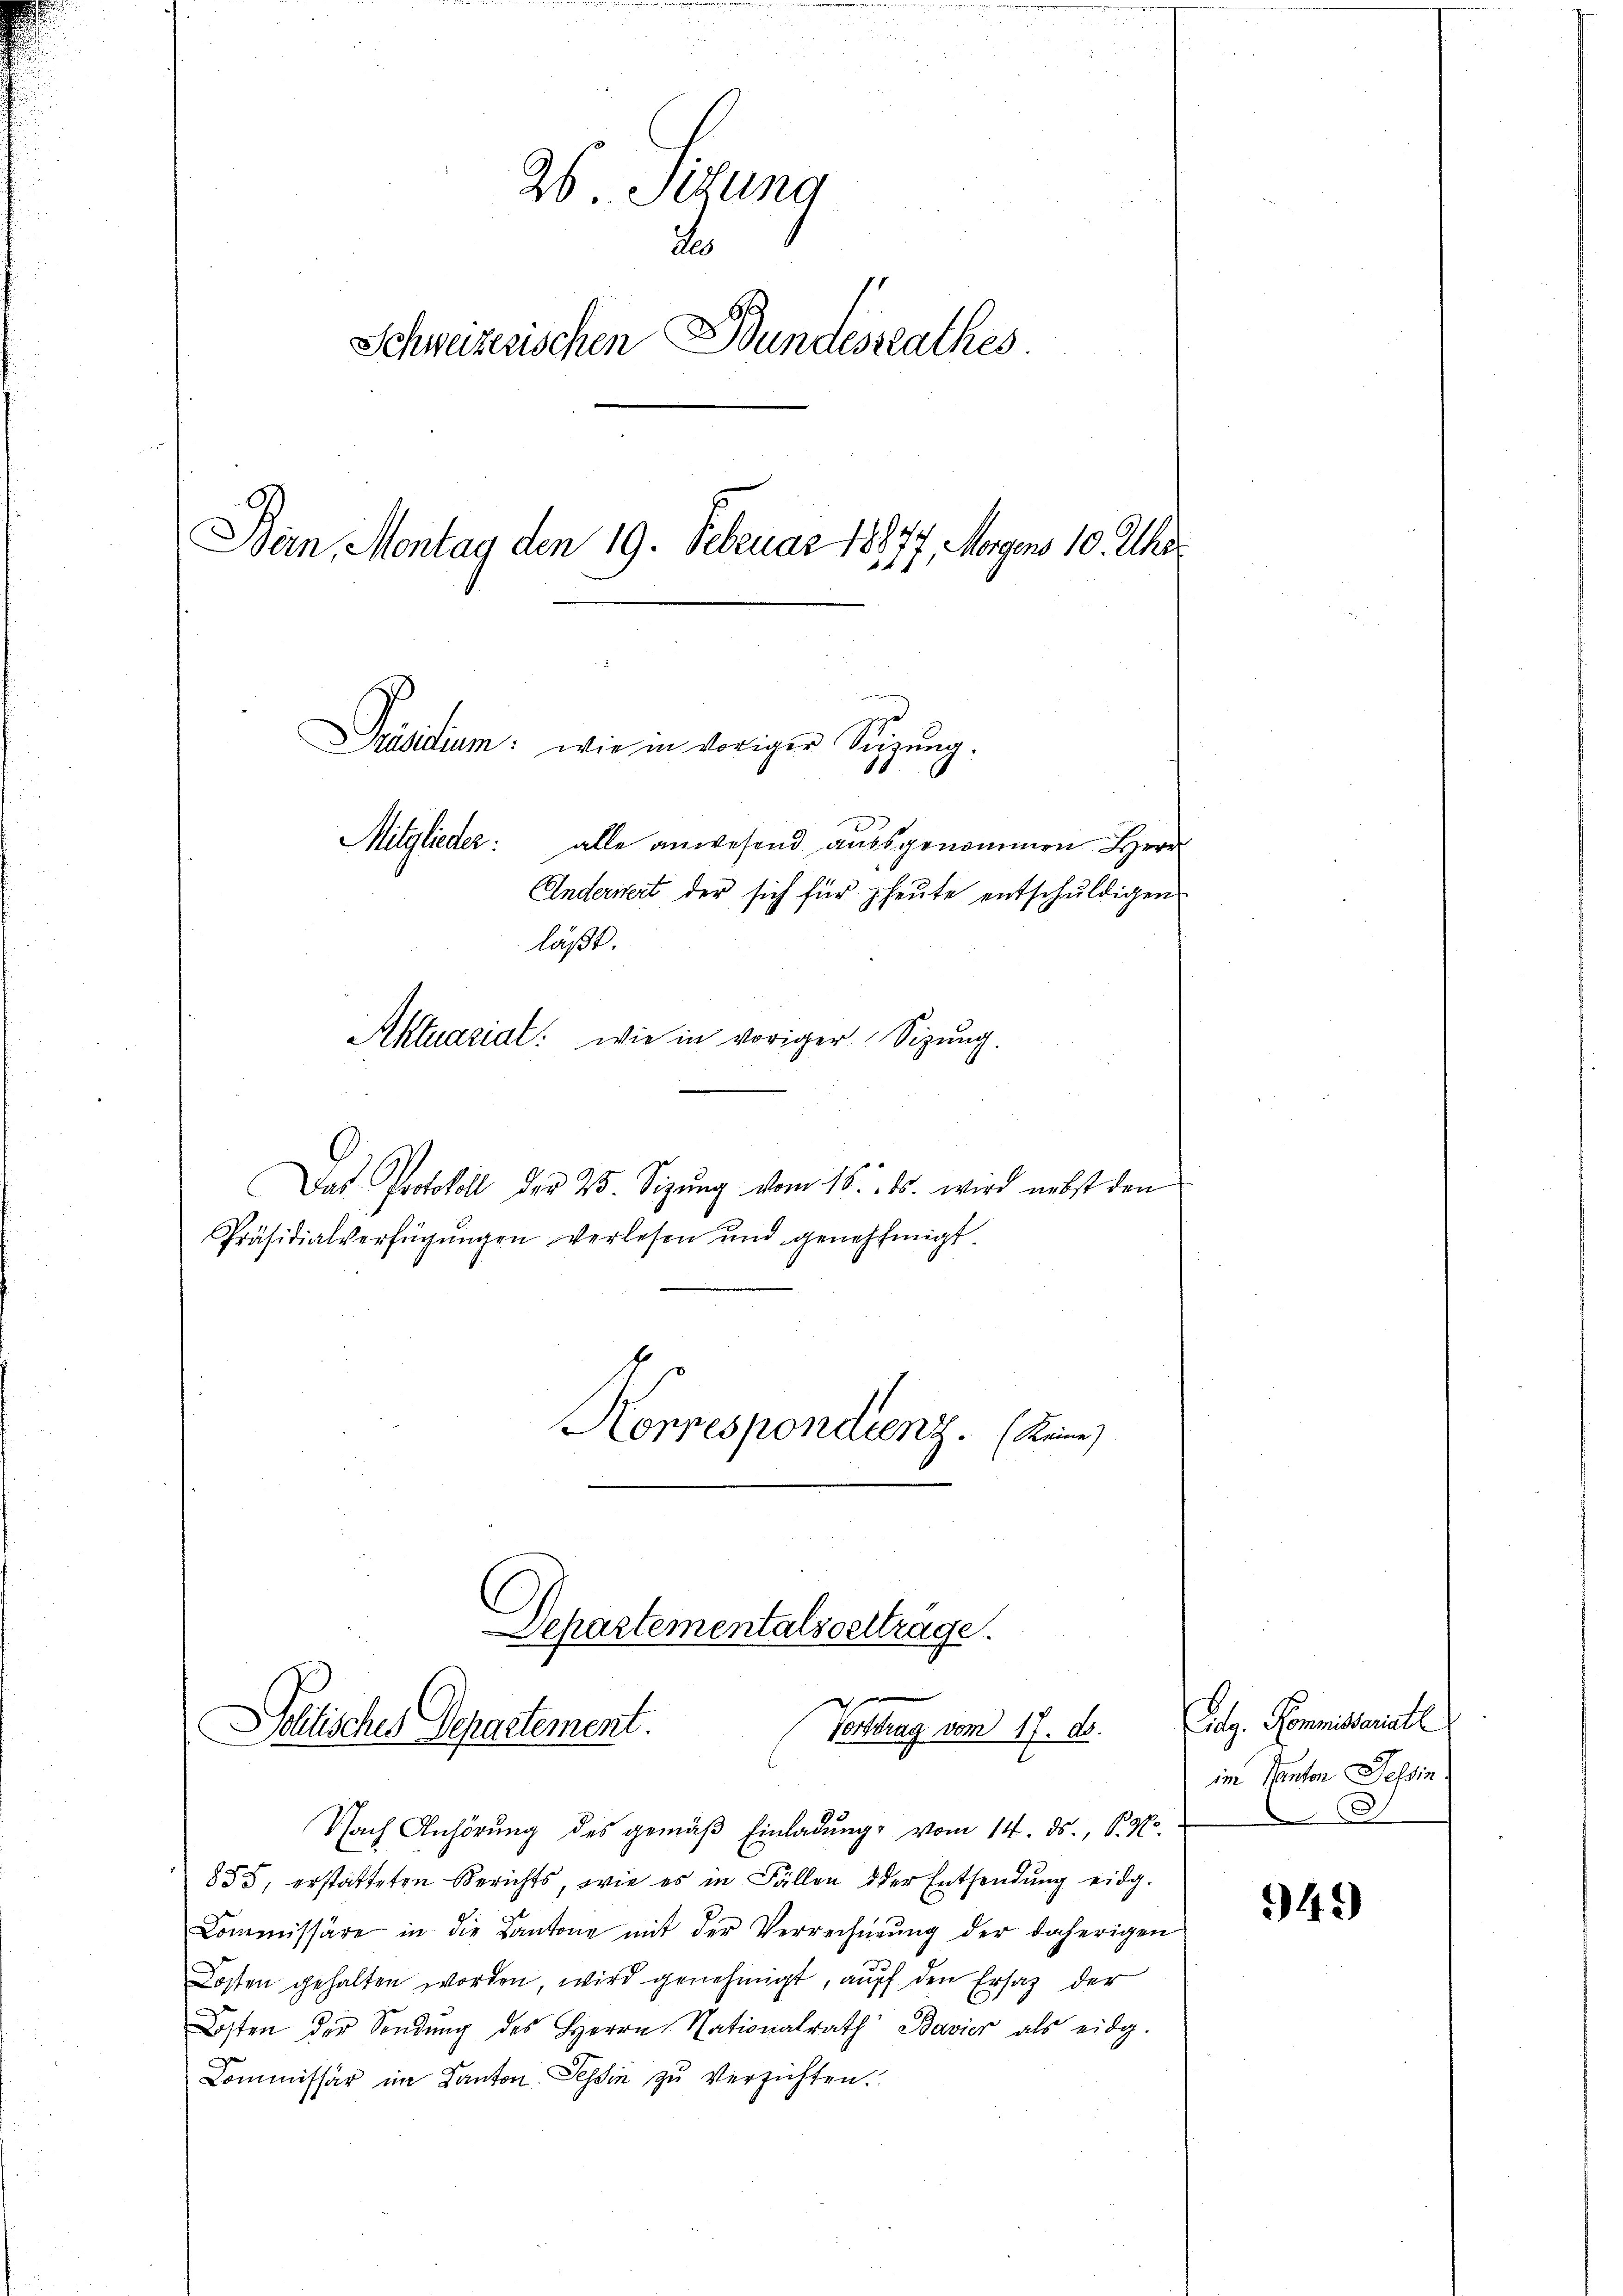
26. Sizung
d
Schweizerischen Bundessrathes
Bern, Montag den 19. Februar 18877, Morgens 10. Uhr

alle anwesend ausgenommen Herr
Anderwert der sich für heute entschuldigen
Das Protokoll der 25. Sizŭng vom 16. ds. wird nebst den
Präsidialverfügŭngen verlesen und genehmigt.
Korrespondienz Keine

Mitgliede
lässt.
Aktuasiat: wie in voriger Sitzung.

Präsidium: wie in voriger Sitzŭng.

Departementalseeltrage.
x
Dollisches Departement.
Forttrag vom 17. ds.

Nach Anhörung des gemäß Einladung vom 14. ds., S. Nr.
855, erstatteten Berichts, wie es in Fällen der Entsendung eidg.
Commissäre in die Kantone mit der Verrechnung der daherigen
Kosten gehalten worden, wird genehmigt, auf den Ersatz der
Kosten der Sendung des Herrn Nationalrath Bavier als eidg.
Commissär im Kanton Tessin zu verzichten.

Aolg. Kommissariate
in Einter Lehren.

942)